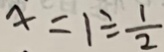
x = 1 \div \frac { 1 } { 2 }